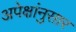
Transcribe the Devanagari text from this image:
अपेक्षांनुसार